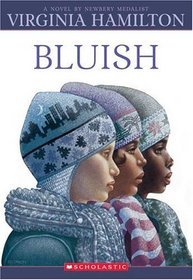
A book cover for Swan Town: The Secret Journal of Susanna Shakespeare; Michael J. Ortiz; Teen & Young Adult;